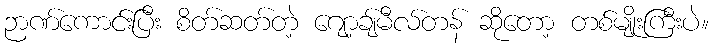
ဉာဏ်ကောင်းပြီး စိတ်ဆတ်တဲ့ ဂျော့ချ်မီလ်တန် ဆိုတော့ တစ်မျိုးကြီးပဲ။